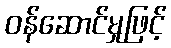
ဝန်ဆောင်မှုဖြင့်